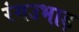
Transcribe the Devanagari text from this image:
रंगउभाड़